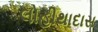
લોહીથાદાસ